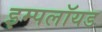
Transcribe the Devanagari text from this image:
इम्पलॉयड